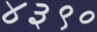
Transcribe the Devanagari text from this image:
४३९०